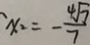
x _ { 2 } = - \frac { 4 \sqrt { 7 } } { 7 }